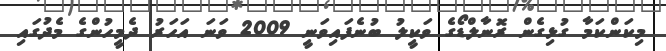
މިކަންކަމާ ގުޅިގެން ރޮނާލްޑޯގެ ވަކީލު ބުނެފައިވަނީ 2009 ވަނަ އަހަރު ދެމީހުންގެ މެދުގައި